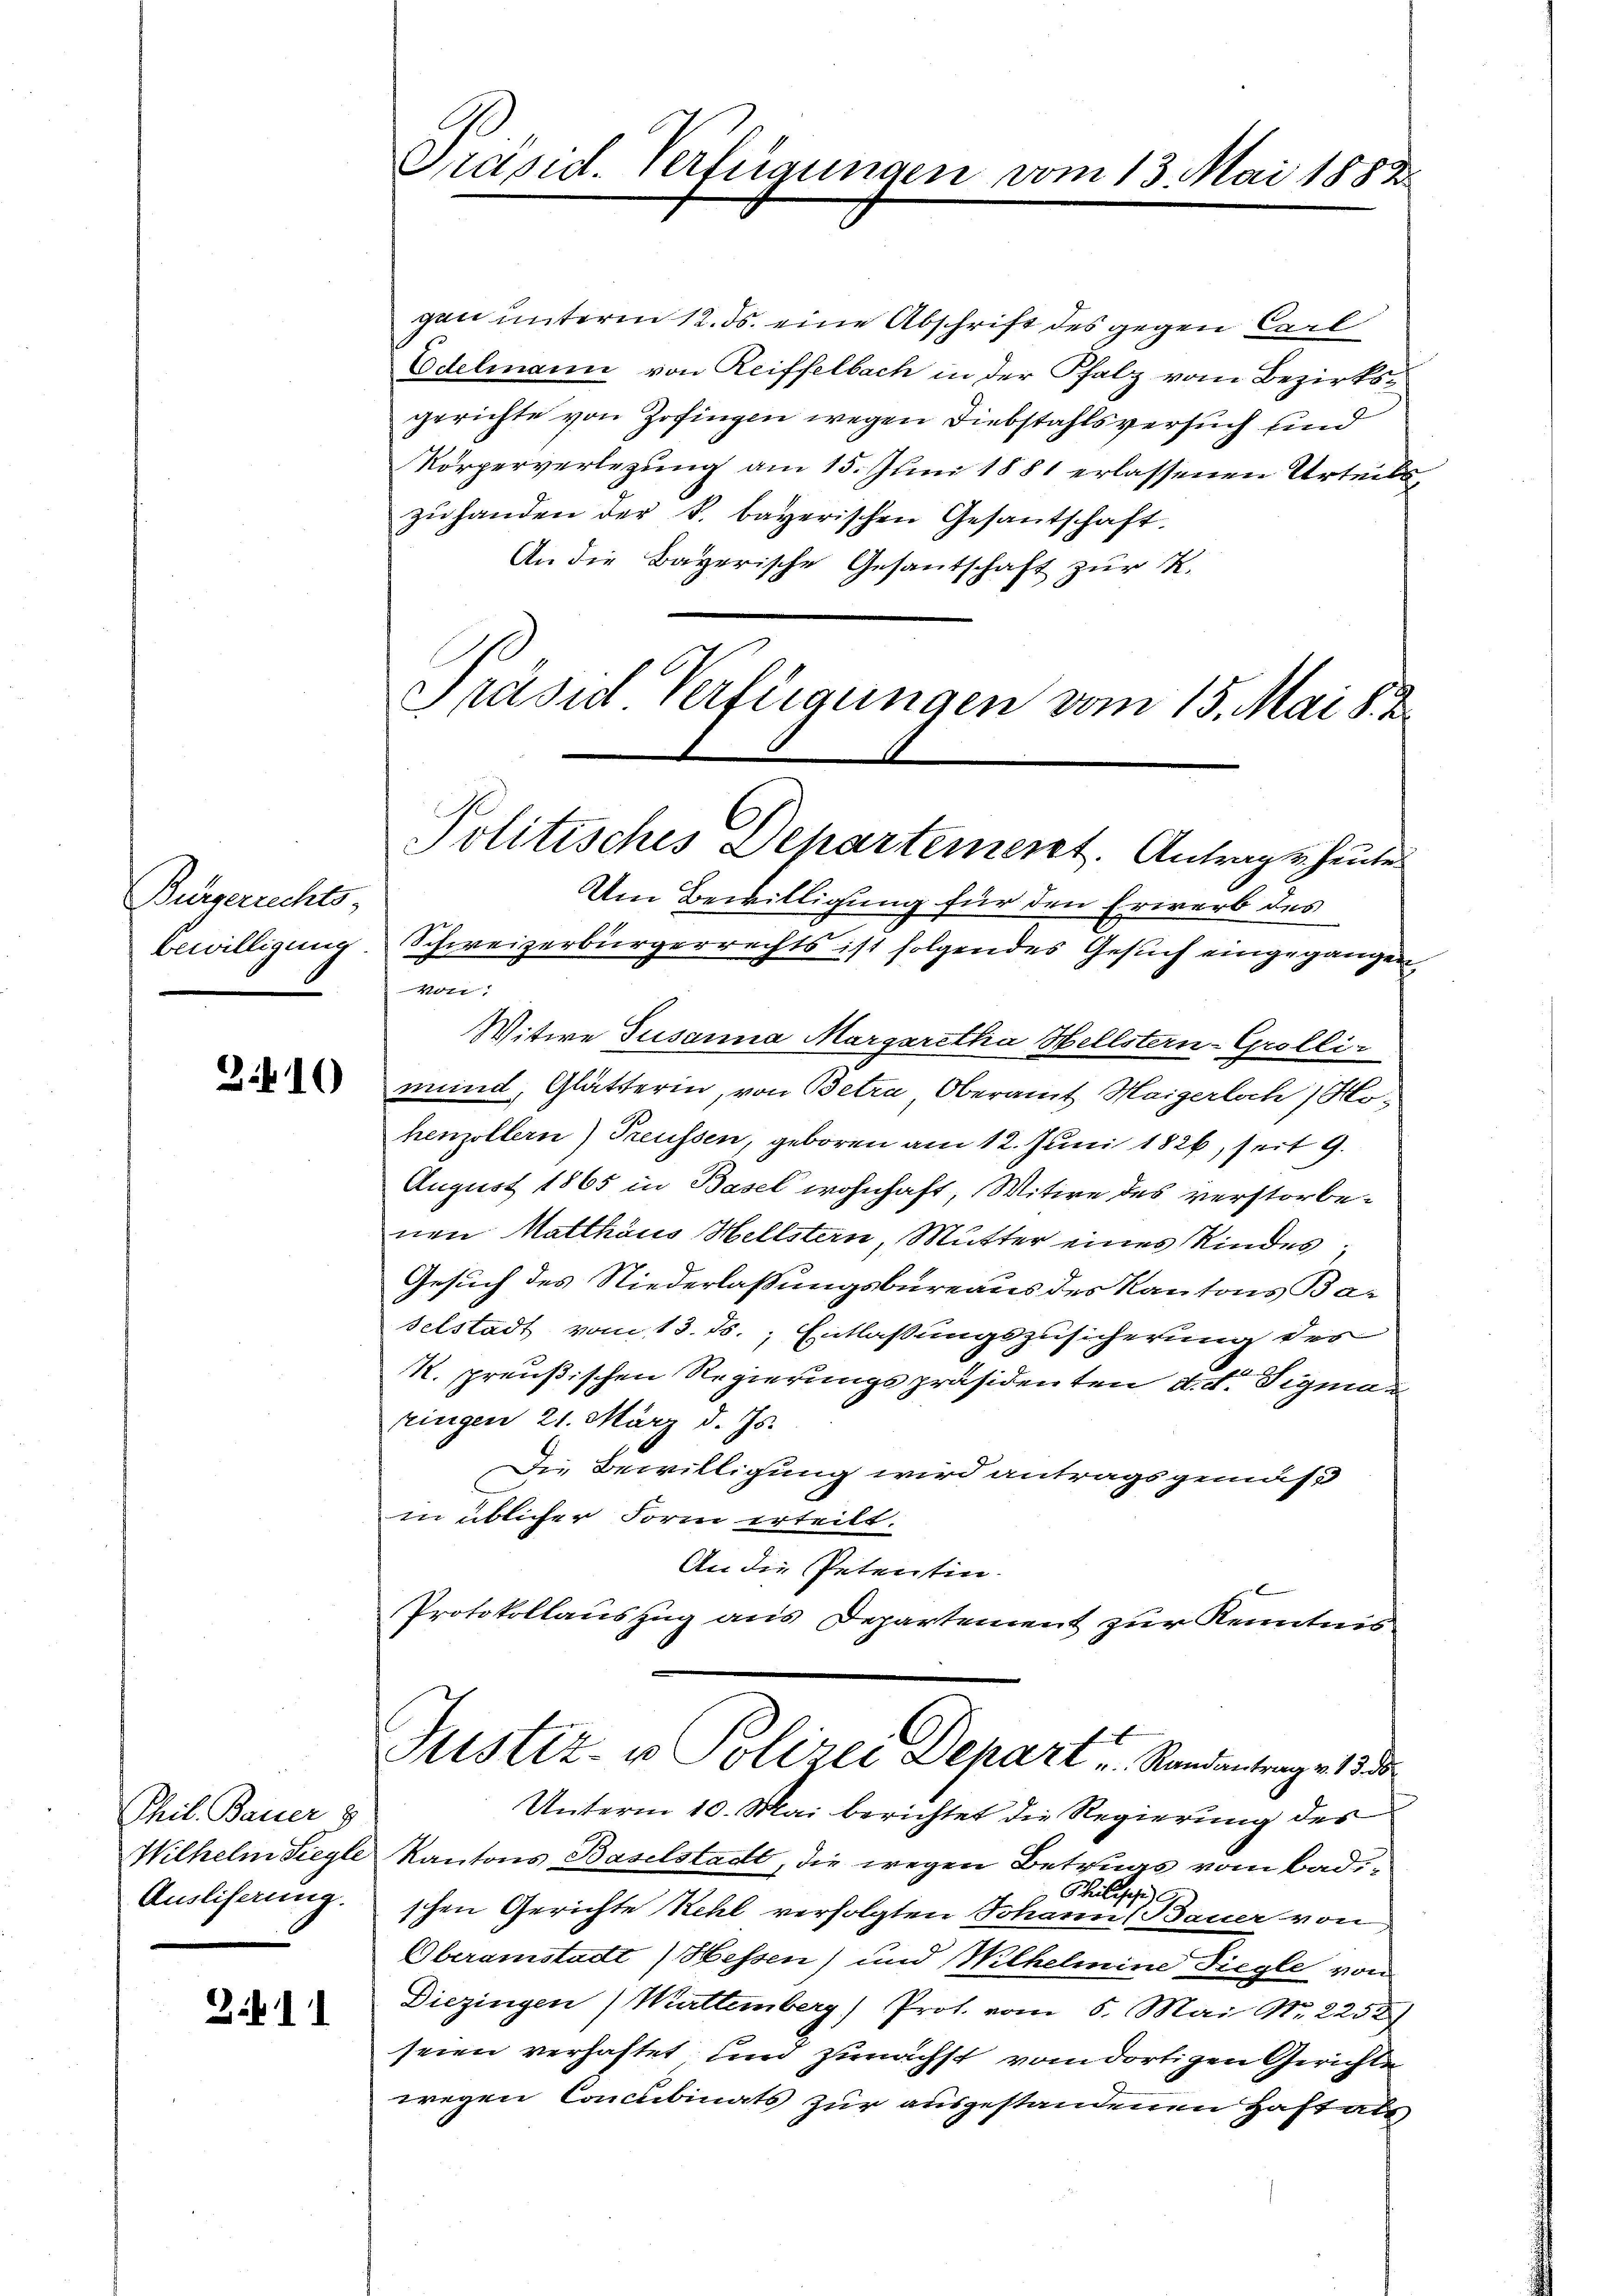
Bürgerrechts

3.10

Phil. Bauer &
Wilhelm Siegle
Ausliserung.

Z.11

Prapid. Verfügungen

gen unterm 12. ds. eine Abschrift des gegen Carl
Edelmann von Reiffelbach in der Pfalz vom Bezirksgerichte von Zofingen wegen Diebstahlsversuch sind
Körperverlegung am 15. Juni 1881 erlassenen Urteils-
zŭ handen der k. bayerischen Gesantschaft.
An die Bayerische Gesantschaft zur K.
Präsid Verfügungen vom 15. Mai 8. 2

Um Bewilligung für den Erwerb des
bewilligung. Schweizerbürgerrechts ist folgendes Gesuch eingegangen
Vot
Witwe Susanna Margaretha Hellstern-Grolli-
mund, Glätterin, von Betra Oberamt Maigerloch, Hohenzollern) Treussen, geboren am 12. Juni 1826, seit 9.
August 1865 in Basel wohnhaft, Witwe des verstorbenen Matthäus Hellstern, Mutter eines Kindes,
Gesuch des Niederlaßungsbureaus des Kantons Baselstadt vom 13. ds., Entlassungszusicherung des
K. preußischen Regierungspräsidenten d. d. Sigma
ringen 21. März d. Js.
Die Bewilligung wird antragsgemäß
in üblicher Form erteilt.
An die Petentin.
Protokollauszug aus Departement zur Kenntnis.

Unterm 10. Mai berichtet die Regierung des
Kantons Baselstadt, die wegen Betrugs vom Badischen Gerichte Kehl verfolgten Johann Bauer von
Oberamstadt Hessen) und Wilhelmine Ziegle von
Diezingen Württemberg) Prot. vom 6. Mai Nr. 2252)
seien verhaftet und zunächst vom dortigen Gerichte
wegen Concubinats zur ausgestandenen Haft als

m 13. Mai 1882.

Politisches Departement. Antrags heute

Justiz- u Polizei Depart u. Standantrage 1858.